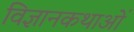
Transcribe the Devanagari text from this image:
विज्ञानकथाओं